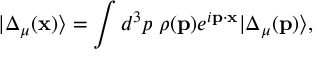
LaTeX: | \Delta _ { \mu } ( { \bf x } ) \rangle = \int d ^ { 3 } p \; \rho ( { \bf p } ) e ^ { i { \bf p \cdot x } } | \Delta _ { \mu } ( { \bf p } ) \rangle ,